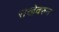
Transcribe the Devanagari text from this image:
राखेवरुन